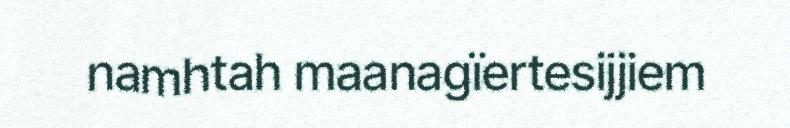
namhtah maanagïertesijjiem